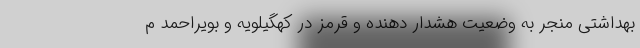
بهداشتی منجر به وضعیت هشدار دهنده و قرمز در کهگیلویه و بویراحمد م